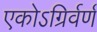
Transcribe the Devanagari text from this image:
एकोऽग्रिर्वर्ण